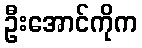
ဦးအောင်ကိုက